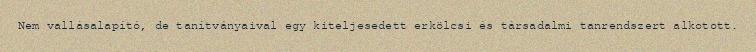
Nem vallásalapító, de tanítványaival egy kiteljesedett erkölcsi és társadalmi tanrendszert alkotott.